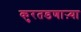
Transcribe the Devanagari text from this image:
कुरतडणाऱ्या